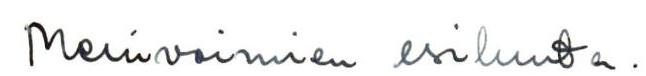
Merivoimien esikunta.